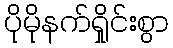
ပိုမိုနက်ရှိုင်းစွာ